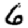
Digit: 6